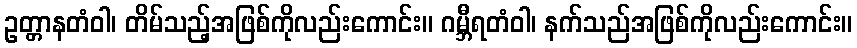
ဥတ္တာနတံဝါ၊ တိမ်သည့်အဖြစ်ကိုလည်းကောင်း။ ဂမ္ဘီရတံဝါ၊ နက်သည်အဖြစ်ကိုလည်းကောင်း။